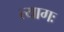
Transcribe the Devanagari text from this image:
त्यागः